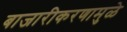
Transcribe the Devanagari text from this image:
बाजारीकरणामुळे